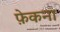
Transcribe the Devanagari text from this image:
फ़ेकना